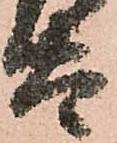
太